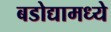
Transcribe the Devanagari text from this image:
बडोद्यामध्ये